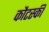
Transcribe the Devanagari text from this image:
कौटस्की